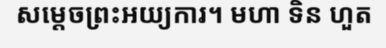
សម្តេចព្រះអយ្យការ។ មហា ទិន ហួត